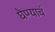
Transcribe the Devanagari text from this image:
घेण्याचं